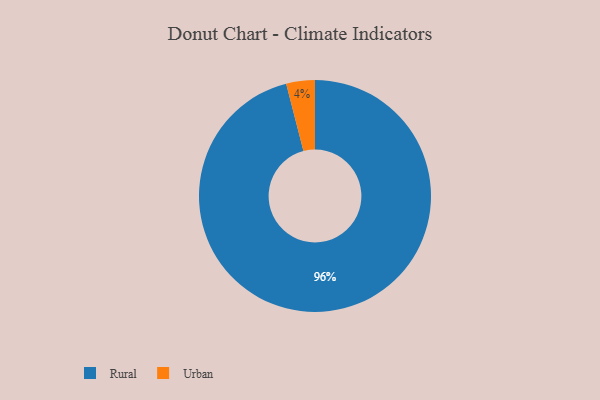
{"axis": {"x": "Category", "y": "Percentage"}, "legend": ["Rural", "Urban"], "data": [{"x": "Urban", "y": 4, "type": "Urban"}, {"x": "Rural", "y": 96, "type": "Rural"}]}